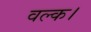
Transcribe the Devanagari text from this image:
वल्क।